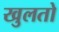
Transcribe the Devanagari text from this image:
खुलतो